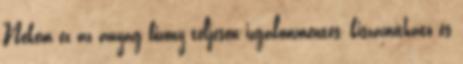
Nekem ez az anyag bizony teljesen izgalommentes, kiszámítható és